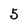
Character: 5